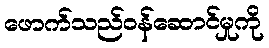
ဖောက်သည်ဝန်ဆောင်မှုကို